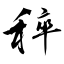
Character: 稡